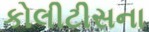
કોલીટીસના